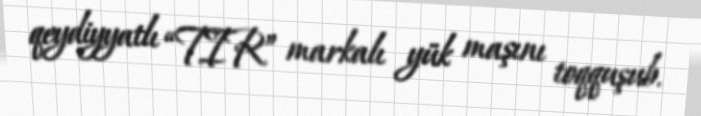
qeydiyyatlı “TIR” markalı yük maşını toqquşub.